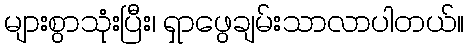
များစွာသုံးပြီး၊ ရှာဖွေချမ်းသာလာပါတယ်။